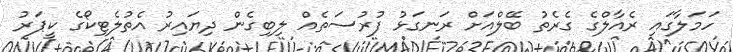
ހަމަލާގައި ރެއާލްގެ ގެރެތު ބޭލްއަށް ރަނގަޅު ފުރުސަތެއް ލިބިގެން ދިޔައިރު އެތުލެޓިކޯގެ ކީޕަރު